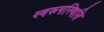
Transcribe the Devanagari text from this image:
स्वरूपस्थिति